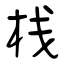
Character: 栈